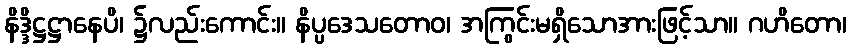
နိဒ္ဒိဋ္ဌဋ္ဌာနေပိ၊ ၌လည်းကောင်း။ နိပ္ပဒေသတောဝ၊ အကြွင်းမရှိသောအားဖြင့်သာ။ ဂဟိတော၊